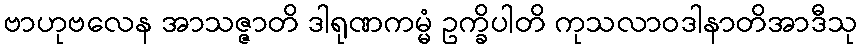
ဗာဟုဗလေန အာသဇ္ဇာတိ ဒါရုဏကမ္မံ ဥက္ခိပါတိ ကုသလာဝဒါနာတိအာဒီသု